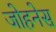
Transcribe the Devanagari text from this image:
जोहनेस